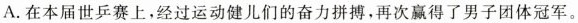
A.在本届世乒赛上，经过运动健儿们的奋力拼搏，再次赢得了男子团体冠军。